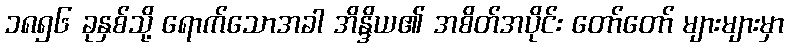
၁၈၅၆ ခုနှစ်သို့ ရောက်သောအခါ အိန္ဒိယ၏ အစိတ်အပိုင်း တော်တော် များများမှာ